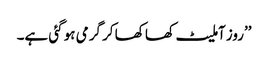
’’روز آملیٹ کھا کھا کر گرمی ہو گئی ہے۔